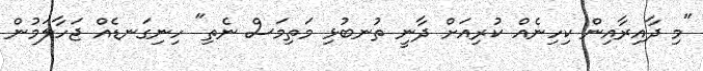
"މި ދާއިރާއިން ކިހިނެއް ކުރިއަށް ދާނީ ތުނބުޅި މަތިމަސް ނެތި" ހިނިގަނޑެއް ޖަހާލަމުން